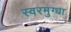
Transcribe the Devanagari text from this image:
स्वरमुग्धा